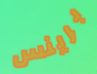
برينس